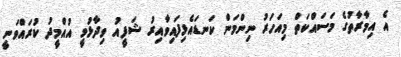
އެ އިމާރާތުގެ މަސައްކަތް މިއަހަރު ނިންމަން ކަނޑައެޅިފައިވާއިރު ޝަފީއު ވިދާޅުވީ އުއްމީދު ކުރައްވަނީ